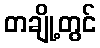
တချို့တွင်